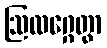
ဩလဂ္ဂေတွာ